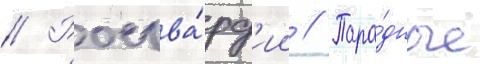
// Росгва́рд'ии // Пара́дные